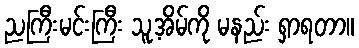
ညကြီးမင်းကြီး သူ့အိမ်ကို မနည်း ရှာရတာ။